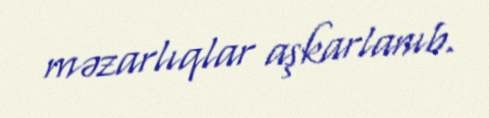
məzarlıqlar aşkarlanıb.